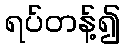
ရပ်တန့်၍